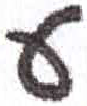
אות: ע